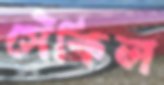
সেঁকিল